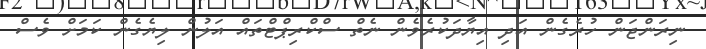
ނިރަންޖަން ހުރެގެން އަދި އިޔާދަކުރެވެން ނެތް ސްކްރިޕްޓްތައް އަލުން ލިޔެގެން ކަމަށް ވެސް